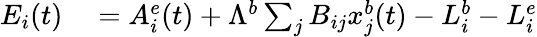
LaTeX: \begin{array}{rl}{E_{i}(t)}&{{}=A_{i}^{e}(t)+{\Lambda}^{b}\sum_{j}B_{ij}x_{j}^{b}(t)-L_{i}^{b}-L_{i}^{e}}\end{array}